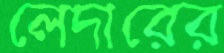
লেদারের